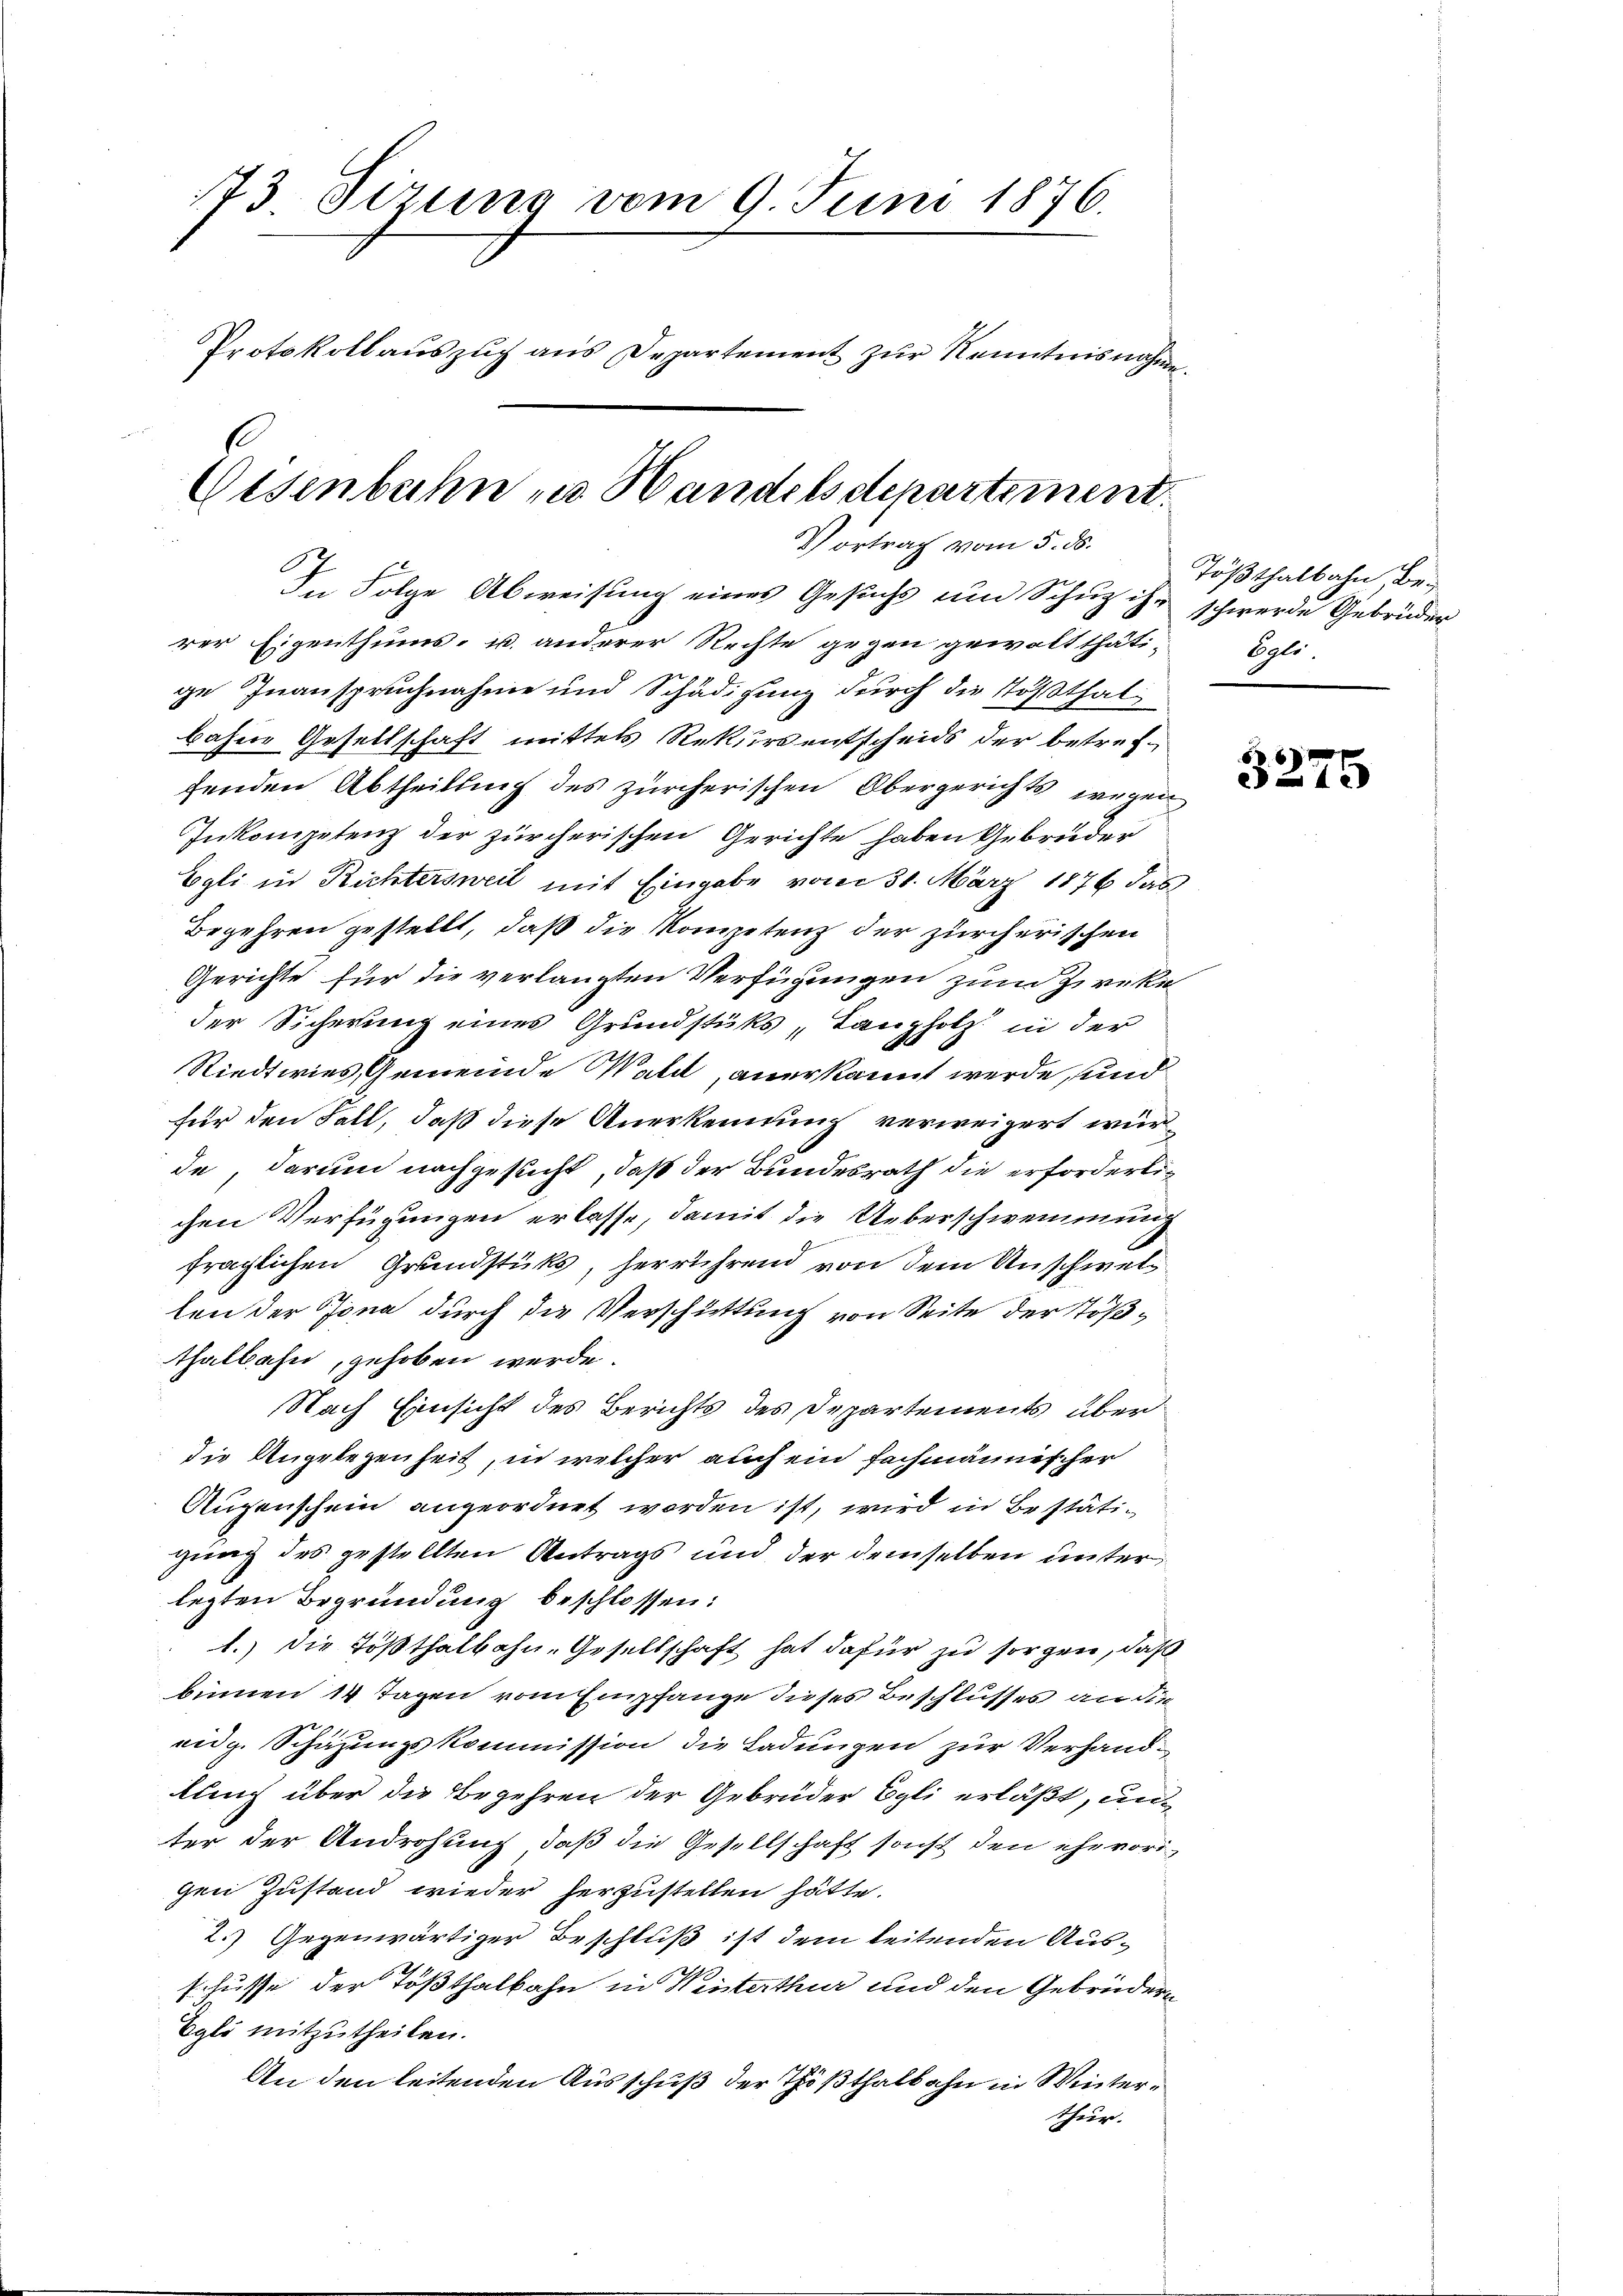
173 Sizung vom 9. Juni 1876.
Protokoll auszug aus Departement zur Kenntnisnahm
E

Eisenbahn zu Handelsdepartement.
Vortrag vom 5. ds.

In Folge Abweisung eines Gesuchs um Schuz ihr schwerde Gebrüder
rer Eigenthums- u. anderer Rechte gegen gewaltthäti-
ge Inanspruchnahme und Schädigung durch die Tößthal
bahne Gesellschaft mittels Rekurs entscheids der betreffenden Abtheilung des zürcherischen Obergerichts wegen
Inkompetenz der zürcherischen Gerichte haben Gebrüder
Egli in Richtersweil mit Eingabe vom 31. März 1876 das
Begehren gestellt, daß die Kompetenz der zürcherischen
Gerichte für die verlangten Verfügungen zum Zirke
der Sicherung eines Grundstüks, Lanzholz in der
Riedtwies, Gemeinde Wald, anerkannt werde, und
für den Fall, daß diese Anerkennung verweigert wurde, darum nachgesucht, daß der Bundesrath die erforderlichen Verfügungen erlasse, damit die Ueberschwemmung
fraglichen Grundstüks, herrührend von dem Unschwellen der Jona durch die Verschüttung von Seite der Tößthalbahn, gehoben werde.
Nach Einsicht des Berichts des Departements über
die Angelegenheit, in welcher auch ein fachmännischer
Augenschein angeordnet worden ist, wird in Bestätigung des gestellten Antrags und der demselben unter
legten Begründung beschlossen:
1.) Die Tößthalbahn-Gesellschaft hat dafür zu sorgen, daß
binnen 14 Tagen vom Empfange dieses Beschlusses an die
eidg. Schazungskommission die Ladungen zur Verhandlung über die Begehren der Gebrüder Egli erläßt, unter der Androhung, daß die Gesellschaft sonst den ehevorigen Zustand wieder herzustellen hätte.
2.) Gegenwärtiger Beschluß ist dem leitenden Ausschüsse der Tößthalbahn in Winterthur und den Gebrüdern
Egli mitzutheilen.
An den leitenden Ausschuß der Tößthalbahn in Winterthur.

Tößthalbahn, be¬
Egli.

3275